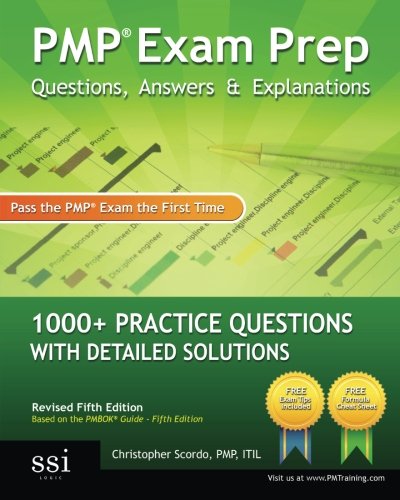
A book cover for PMP Exam Prep Questions, Answers, & Explanations: 1000+ PMP Practice Questions with Detailed Solutions, 5th Edition; Christopher Scordo; Test Preparation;